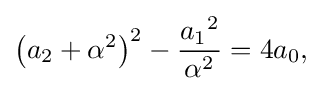
\left(a_{2}+\alpha ^{2}\right)^{2}-{\frac {{a_{1}}^{2}}{\alpha ^{2}}}=4a_{0}{\text{,}}